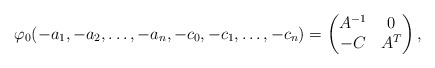
\begin{align*}\varphi_{0}(-a_{1},-a_{2},\ldots,-a_{n},-c_{0},-c_{1},\ldots,-c_{n})=\begin{pmatrix}A^{-1} & 0\\-C & A^{T}\end{pmatrix},\end{align*}